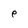
Character: e